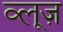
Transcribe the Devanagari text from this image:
व्लूज़